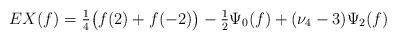
LaTeX: \begin{align*} EX(f)=\tfrac{1}{4}\bigl(f(2)+f(-2)\bigr) - \tfrac{1}{2}\Psi_0(f) + (\nu_4-3)\Psi_2(f) \end{align*}